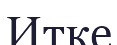
Итке